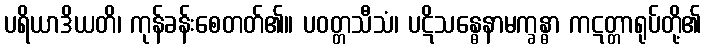
ပရိယာဒိယတိ၊ ကုန်ခန်းစေတတ်၏။ ပဝတ္တသီသံ၊ ပဋိသန္ဓေနာမက္ခန္ဓာ ကဋတ္တာရုပ်တို့၏